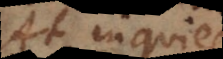
At inquies